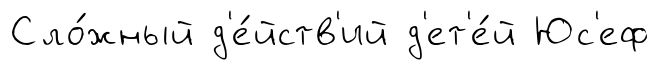
Сло́жный д'е́йств'ий д'ет'е́й Юс'еф